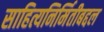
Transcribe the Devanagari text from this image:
साहित्यनिर्मितीबद्दल